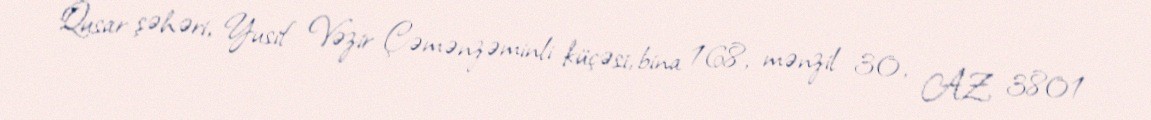
Qusar şəhəri, Yusif Vəzir Çəmənzəminli küçəsi, bina 168, mənzil 30, AZ 3801